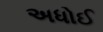
અધોઈ